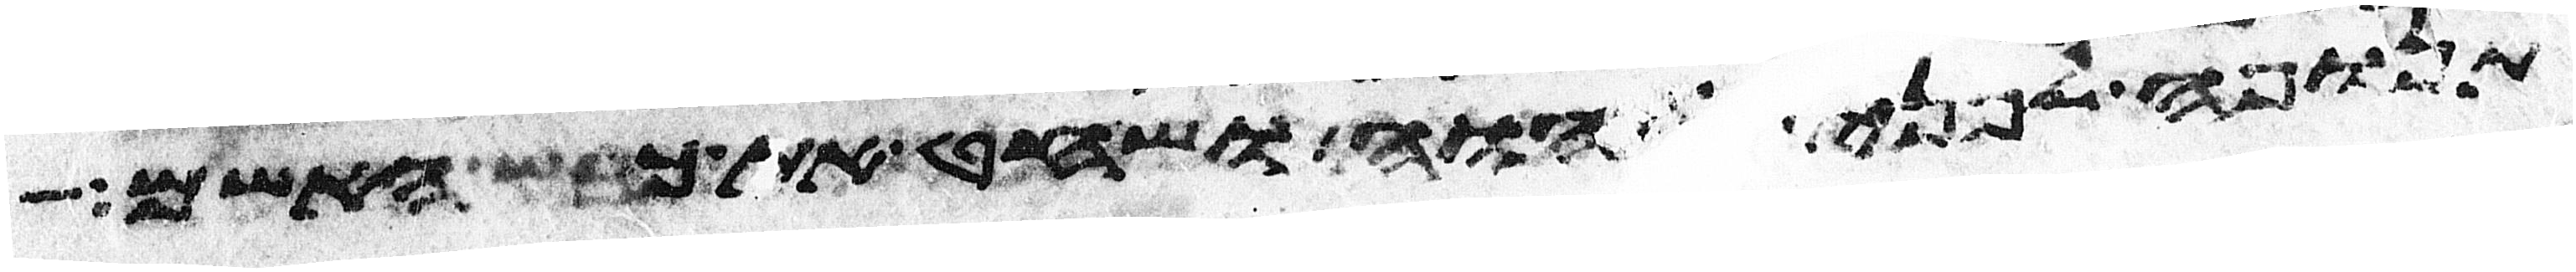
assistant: תנופה לפני יהוה ושחט את כבש האשם